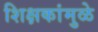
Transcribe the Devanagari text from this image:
शिक्षकांमुळे